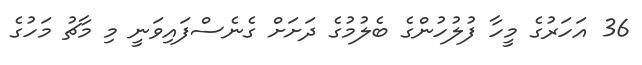
36 އަހަރުގެ މީހާ ފުލުހުންގެ ބެލުމުގެ ދަށަށް ގެނެސްފައިވަނީ މި މާޗު މަހުގެ